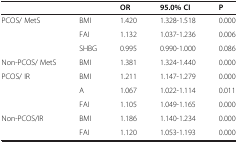
<table><thead><tr><td><b> </b></td><td><b> </b></td><td><b>OR</b></td><td><b>95.0% CI</b></td><td><b>P</b></td></tr></thead><tbody><tr><td>PCOS/ MetS</td><td>BMI</td><td>1.420</td><td>1.328-1.518</td><td>0.000</td></tr><tr><td> </td><td>FAI</td><td>1.132</td><td>1.037-1.236</td><td>0.006</td></tr><tr><td> </td><td>SHBG</td><td>0.995</td><td>0.990-1.000</td><td>0.086</td></tr><tr><td>Non-PCOS/ MetS</td><td>BMI</td><td>1.381</td><td>1.324-1.440</td><td>0.000</td></tr><tr><td>PCOS/ IR</td><td>BMI</td><td>1.211</td><td>1.147-1.279</td><td>0.000</td></tr><tr><td> </td><td>A</td><td>1.067</td><td>1.022-1.114</td><td>0.011</td></tr><tr><td> </td><td>FAI</td><td>1.105</td><td>1.049-1.165</td><td>0.000</td></tr><tr><td>Non-PCOS/IR</td><td>BMI</td><td>1.186</td><td>1.140-1.234</td><td>0.000</td></tr><tr><td> </td><td>FAI</td><td>1.120</td><td>1.053-1.193</td><td>0.000</td></tr></tbody></table>